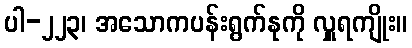
ပါ-၂၂၃၊ အသောကပန်းရွက်နုကို လှူရကျိုး။